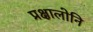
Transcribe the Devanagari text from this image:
प्रक्षालोनि